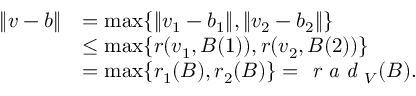
\begin{array} { r l } { \| v - b \| } & { = \operatorname* { m a x } \{ \| v _ { 1 } - b _ { 1 } \| , \| v _ { 2 } - b _ { 2 } \| \} } \\ & { \leq \operatorname* { m a x } \{ r ( v _ { 1 } , B ( 1 ) ) , r ( v _ { 2 } , B ( 2 ) ) \} } \\ & { = \operatorname* { m a x } \{ r _ { 1 } ( B ) , r _ { 2 } ( B ) \} = \emph { r a d } _ { V } ( B ) . } \end{array}